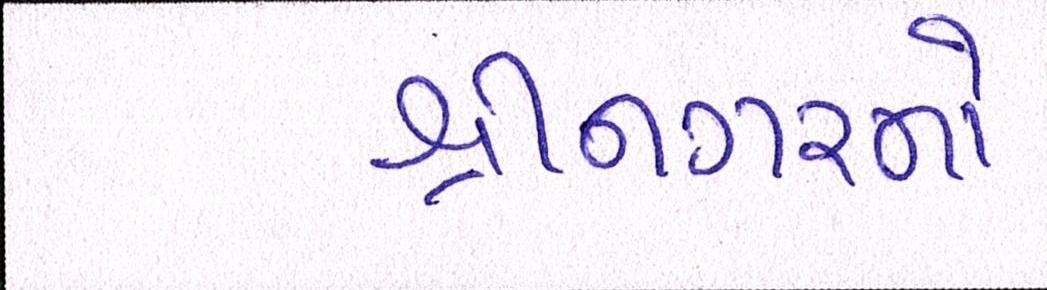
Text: શ્રીનગરનો